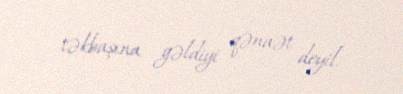
təkbaşına gəldiyi qənaət deyil.